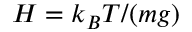
H = k _ { B } T / ( m g )